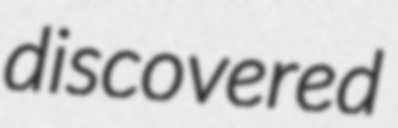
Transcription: discovered